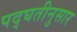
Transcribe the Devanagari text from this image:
पद्घतीनुसार